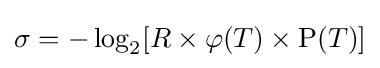
\sigma =-\log _{2}[R\times \varphi (T)\times \operatorname {P} (T)]